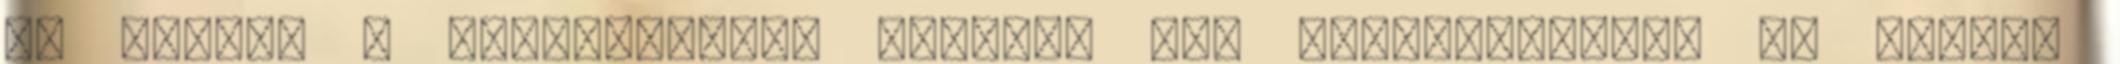
az EU-ba. A vezetőjüktől például még ujjlenyomatot is vettek